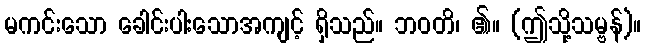
မကင်းသော ခေါင်းပါးသောအကျင့် ရှိသည်။ ဘဝတိ၊ ၏။ (ဤသို့သမ္ဗန်)။